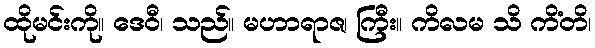
ထိုမင်းကို။ ဒေဝီ၊ သည်။ မဟာရာဇ၊ ကြီး။ ကိလမ သိ ကိံတိ၊